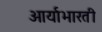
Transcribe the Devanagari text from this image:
आर्याभारती